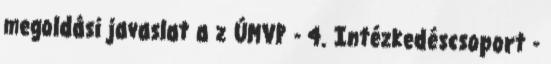
megoldási javaslat a z ÚMVP - 4. Intézkedéscsoport -